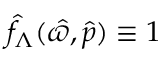
\hat { f } _ { \Lambda } ( \hat { \varpi } , \hat { p } ) \equiv 1